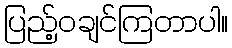
ပြည့်ဝချင်ကြတာပါ။